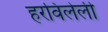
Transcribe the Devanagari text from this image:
हरविलेली